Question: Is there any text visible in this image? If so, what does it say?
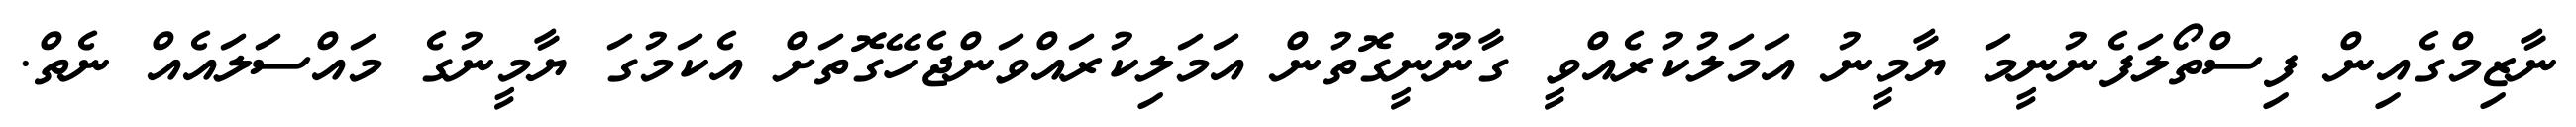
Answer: ނާޒިމްގެއިން ފިސްތޯލަފެނުނީމަ ޔާމީނު އަމަލުކުރެއްވީ ގާނޫނީގޮތުން އަމަލިކުރައްވަންޖެހޭގޮތަށް އެކަމުގަ ޔާމީނުގެ މައްސަލައެއް ނެތް.